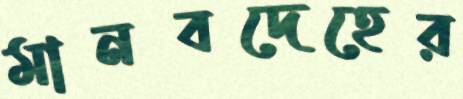
মানবদেহের